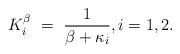
LaTeX: \begin{align*}K_i^\beta \ = \ \frac{1}{\beta + \kappa_i}, i=1,2.\end{align*}